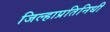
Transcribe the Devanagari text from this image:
जिल्हाप्रतिनिधी